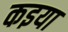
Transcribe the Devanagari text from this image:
कइया